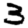
Digit: 3